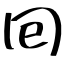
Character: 囘